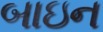
બાઇન